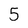
Character: 5